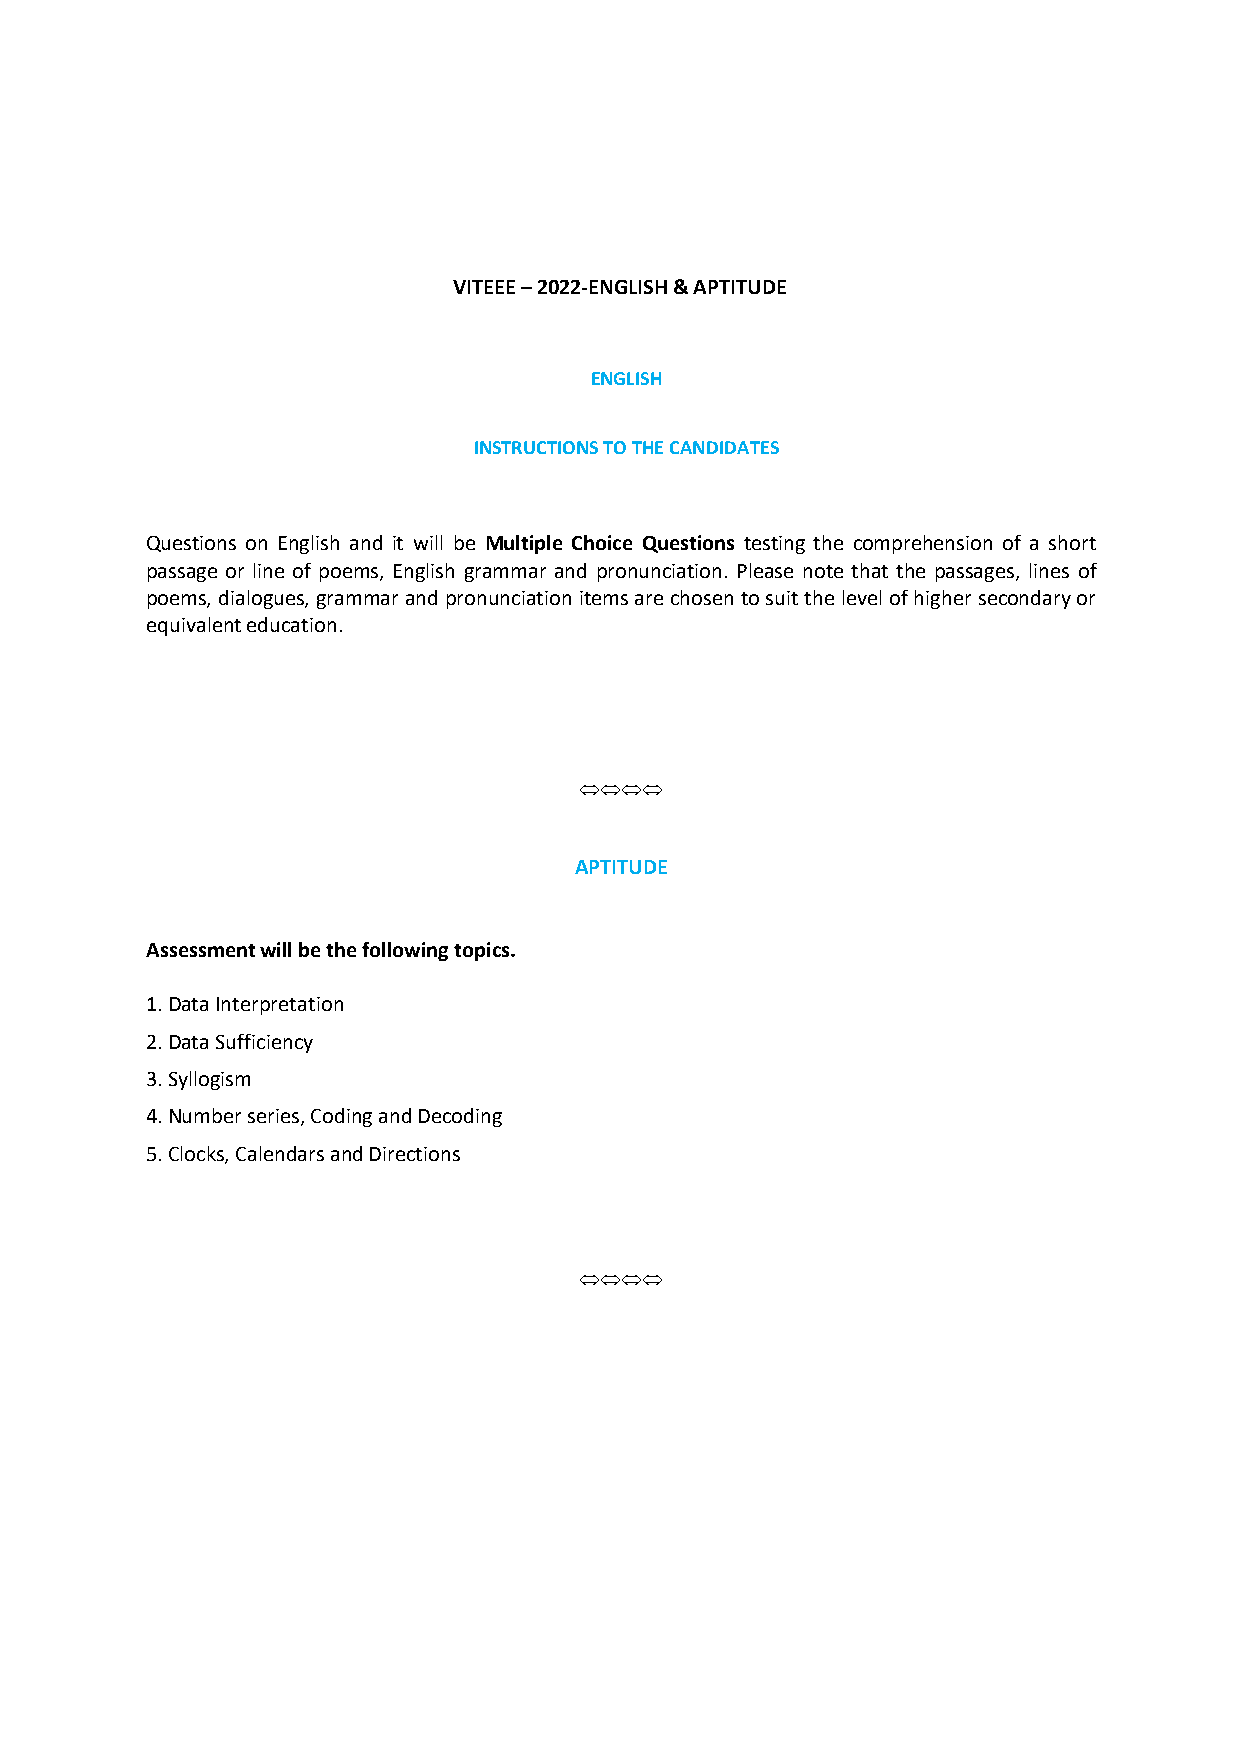
VITEEE – 2022-ENGLISH & APTITUDE
 ENGLISH
 INSTRUCTIONS TO THE CANDIDATES
 Questions on English and it will be Multiple Choice Questions testing the comprehension of a short
 passage or line of poems, English grammar and pronunciation. Please note that the passages, lines of
 poems, dialogues, grammar and pronunciation items are chosen to suit the level of higher secondary or
 equivalent education.
 
 
 
 APTITUDE
 Assessment will be the following topics.
 1. Data Interpretation
 2. Data Sufficiency
 3. Syllogism
 4. Number series, Coding and Decoding
 5. Clocks, Calendars and Directions
 